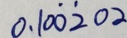
0 . 1 0 \dot { 0 } \dot { 2 } 0 2